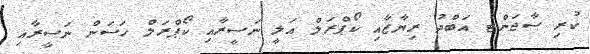
ކުރި ސާޖަންޓު އަބްދު ރިޔާޒާއި ކޯޕްރަލް އަލީ ނަސީރާއި ކޯޕްރަލް ހަސަން ނަސީރާއި